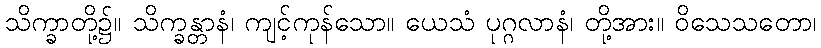
သိက္ခာတို့၌။ သိက္ခန္တာနံ၊ ကျင့်ကုန်သော။ ယေသံ ပုဂ္ဂလာနံ၊ တို့အား။ ဝိသေသတော၊